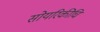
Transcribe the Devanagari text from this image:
सोयरिकीचि